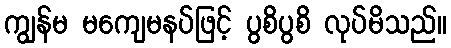
ကျွန်မ မကျေမနပ်ဖြင့် ပွစိပွစိ လုပ်မိသည်။